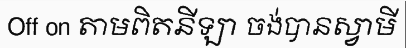
Off on តាមពិតនីឡា ចង់បានស្វាមី